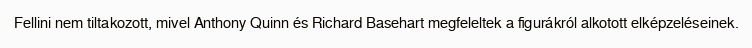
Fellini nem tiltakozott, mivel Anthony Quinn és Richard Basehart megfeleltek a figurákról alkotott elképzeléseinek.